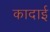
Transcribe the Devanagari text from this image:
कादाई